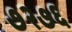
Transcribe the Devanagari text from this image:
७२७६